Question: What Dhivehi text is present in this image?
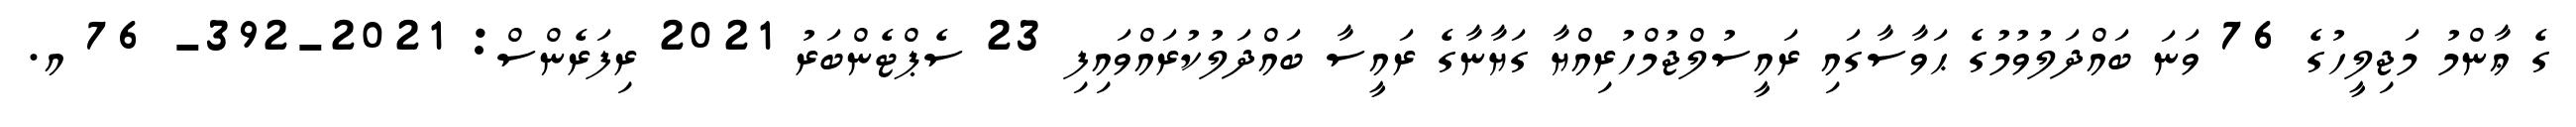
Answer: ގެ ޢާންމު މަޖިލީހުގެ 76 ވަނަ ބައްދަލުވުމުގެ ޙަވާސާގައި ރައީސުލްޖުމްހުރިއްޔާ ގަޔާނާގެ ރައީސާ ބައްދަލުކުރައްވައިފި 23 ސެޕްޓެންބަރު 2021 ރިފަރެންސް: 2021-392- 76 އ.